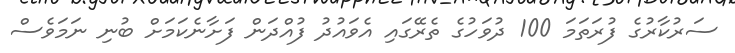
ސަރުކާރުގެ ފުރަތަމަ 100 ދުވަހުގެ ތެރޭގައި އެވައުދު ފުއްދަން ފަށާނެކަމަށް ބުނި ނަމަވެސް